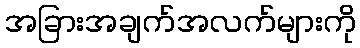
အခြားအချက်အလက်များကို